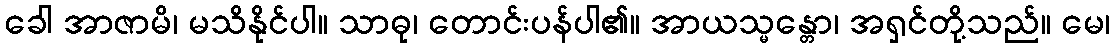
ခေါ အာဇာမိ၊ မသိနိုင်ပါ။ သာဓု၊ တောင်းပန်ပါ၏။ အာယသ္မန္တော၊ အရှင်တို့သည်။ မေ၊